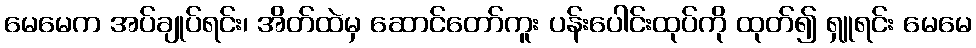
မေမေက အပ်ချုပ်ရင်း၊ အိတ်ထဲမှ ဆောင်တော်ကူး ပန်းပေါင်းထုပ်ကို ထုတ်၍ ရှူရင်း မေမေ